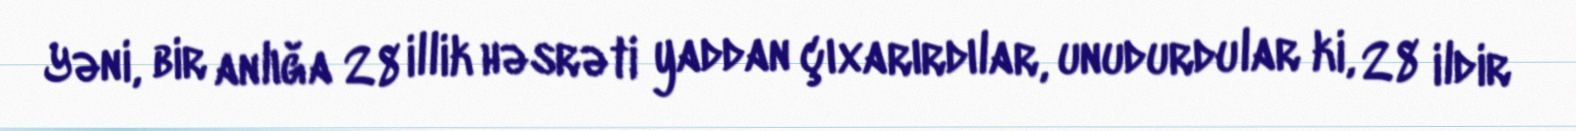
Yəni, bir anlığa 28 illik həsrəti yaddan çıxarırdılar, unudurdular ki, 28 ildir